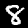
Digit: 8